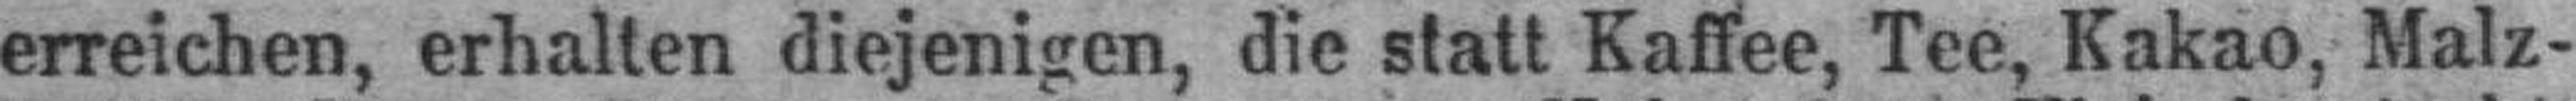
erreichen, erhalten diejenigen, die statt Kaffee, Tee, Kakao, Malz¬